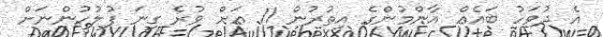
އެ ދުވަހު ބައެއް އާންމުންގެ އިތުރުން 11 އަށް ވުރެ ގިނަ ފުލުހުންނަށް